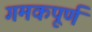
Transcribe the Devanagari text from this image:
गमकपूर्ण